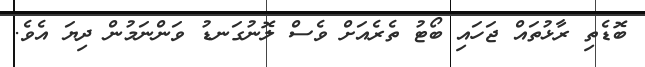
ބޮޑެތި ރާޅުތައް ޖަހައި ބޯޓު ތެރެއަށް ވެސް ލޮނުގަނޑު ވަންނަމުން ދިޔަ އެވެ.